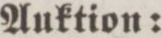
Auktion: